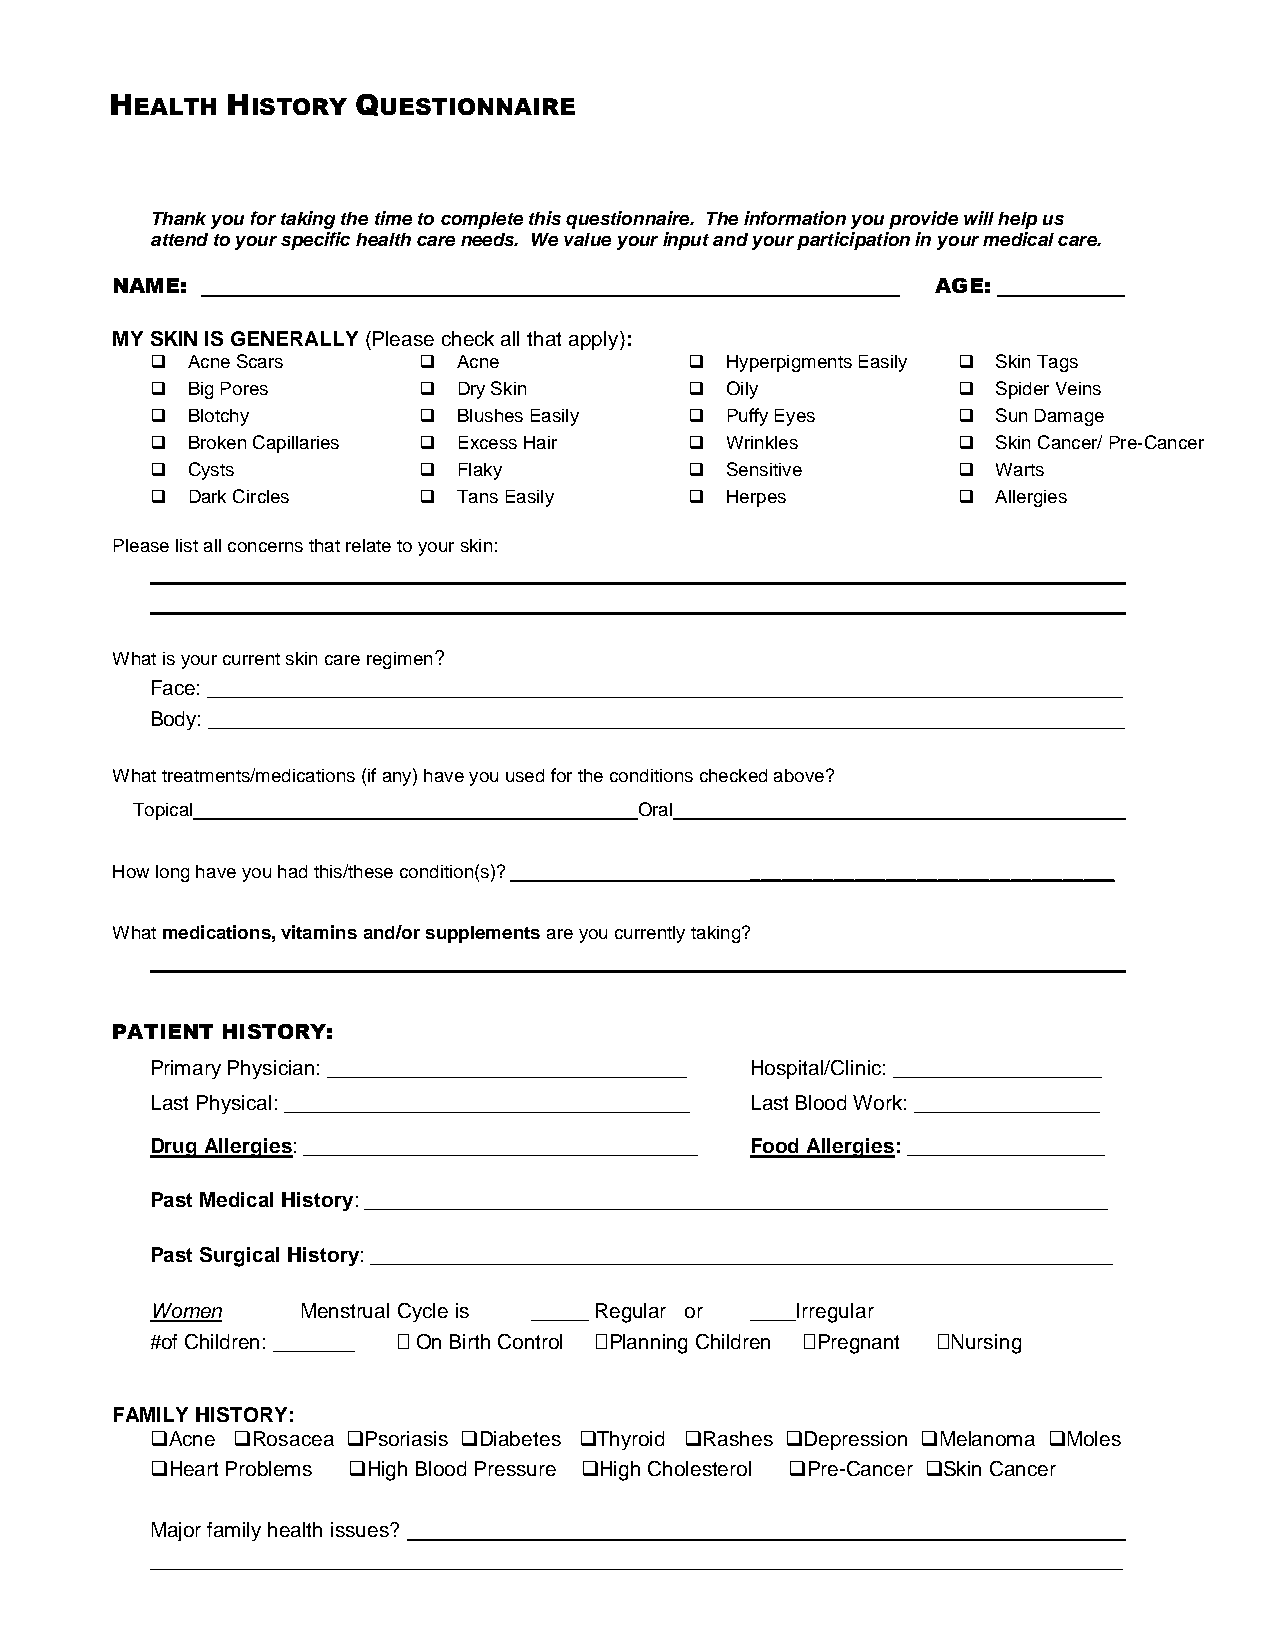
HEALTH  HISTORY QUESTIONNAIRE
 Thank you for taking the time to complete this questionnaire. The information you provide will help us
 attend to your specific health care needs. We value your input and your participation in your medical care.
 NAME:                                                  AGE:
 MY SKIN IS GENERALLY (Please check all that apply):
  Acne Scars       Acne             Hyperpigments Easily  Skin Tags
  Big Pores        Dry Skin         Oily             Spider Veins
  Blotchy          Blushes Easily   Puffy Eyes       Sun Damage
  Broken Capillaries  Excess Hair   Wrinkles         Skin Cancer/ Pre-Cancer
  Cysts            Flaky            Sensitive        Warts
  Dark Circles     Tans Easily      Herpes           Allergies
 Please list all concerns that relate to your skin:
 What is your current skin care regimen?
 Face: _______________________________________________________________________________
 Body: _______________________________________________________________________________
 What treatments/medications (if any) have you used for the conditions checked above?
 Topical                          Oral
 How long have you had this/these condition(s)? ___________________________________
 What medications, vitamins and/or supplements are you currently taking?
 PATIENT HISTORY:
 Primary Physician: _______________________________ Hospital/Clinic: __________________
 Last Physical: ___________________________________ Last Blood Work: ________________
 Drug Allergies: __________________________________ Food Allergies: _________________
 Past Medical History: ________________________________________________________________
 Past Surgical History: ________________________________________________________________
 Women     Menstrual Cycle is _____ Regular or ____Irregular
 #of Children: _______  On Birth Control Planning Children Pregnant Nursing
 FAMILY HISTORY:
 Acne Rosacea Psoriasis Diabetes Thyroid Rashes Depression Melanoma Moles
 Heart Problems High Blood Pressure High Cholesterol Pre-Cancer Skin Cancer
 Major family health issues?
 ____________________________________________________________________________________